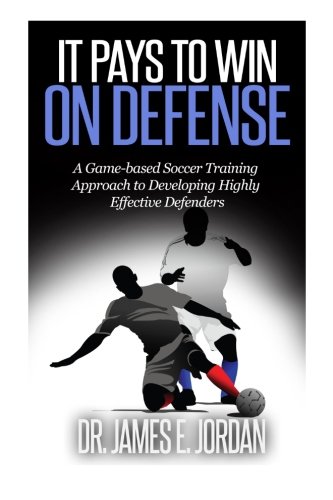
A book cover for It Pays to Win on Defense: A game-based soccer approach to developing highly effective defenders (Game-based Soccer Training) (Volume 2); Dr. James E Jordan; Sports & Outdoors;